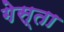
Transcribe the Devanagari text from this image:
गेस्ता